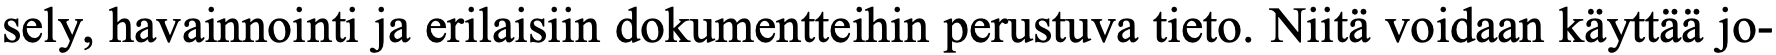
sely, havainnointi ja erilaisiin dokumentteihin perustuva tieto. Niitä voidaan käyttää jo-